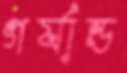
গর্যান্ড